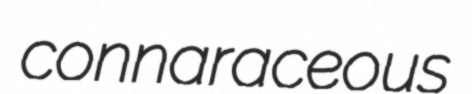
connaraceous